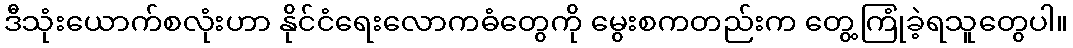
ဒီသုံးယောက်စလုံးဟာ နိုင်ငံရေးလောကဓံတွေကို မွေးစကတည်းက တွေ့ကြုံခဲ့ရသူတွေပါ။